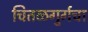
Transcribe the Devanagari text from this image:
चितळगुर्गचा